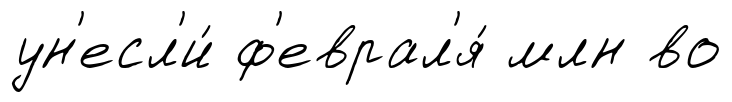
ун'есл'и́ ф'еврал'я́ млн во